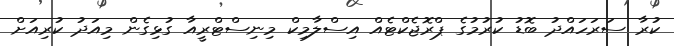
ކުރާ ސަރަހައްދު ބޮޑު ކުރުމުގެ ޕްރޮޖެކްޓެއް އިސްލާމިކް މިނިސްޓްރީއާ ގުޅިގެން މިއަދު ކުރިއަށް